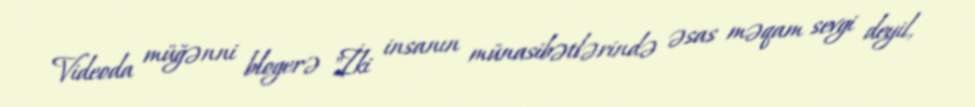
Videoda müğənni blogerə "İki insanın münasibətlərində əsas məqam sevgi deyil,